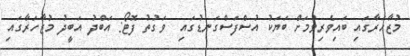
މުޒާހަރާގައި ބައިވެރިވުމަށް ބަޔަކު އުސްފަސްގަނޑުގައި  ވަގުތު ފޮޓޯ: އަބްދު އަބީދު މުޒާހަރާގައި